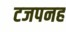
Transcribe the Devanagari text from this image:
टजपनह